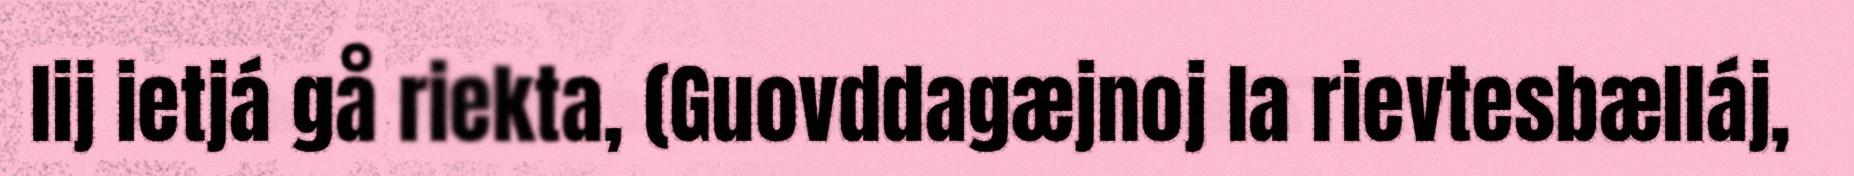
lij ietjá gå riekta, (Guovddagæjnoj la rievtesbælláj,